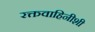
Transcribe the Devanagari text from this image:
रक्तवाहिनीशी